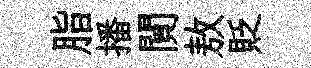
脂播閴敖貶